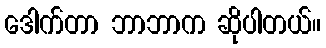
ဒေါက်တာ ဘာဘာက ဆိုပါတယ်။